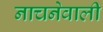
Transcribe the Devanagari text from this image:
नाचनेवाली